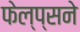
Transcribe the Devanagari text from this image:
फेल्प्सने